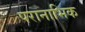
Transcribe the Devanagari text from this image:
परानाभिक